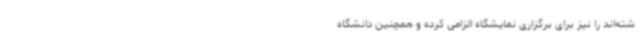
شته‌اند را نیز برای برگزاری نمایشگاه الزامی کرده و همچنین دانشگاه